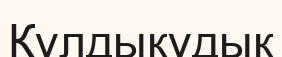
Құлдықұдық